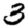
Digit: 3